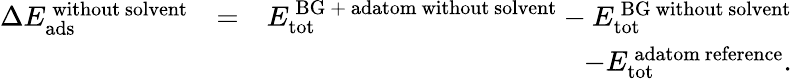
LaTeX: \begin{array}{rlr}{\Delta E_{\mathrm{ads}}^{\mathrm{\, without\ solvent}}}&{=}&{E_{\mathrm{tot}}^{\mathrm{\, BG\ +\ adatom\ without\ solvent}}-E_{\mathrm{tot}}^{\mathrm{\, BG\ without\ solvent}}}\\ &{}&{-E_{\mathrm{tot}}^{\mathrm{\, adatom\ reference}}.}\end{array}